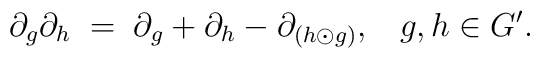
\partial_g \partial_h \; = \;\partial_g + \partial_h -\partial_{(h \odot g)}, \;\;\; g,h \in G'.